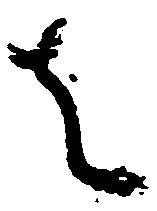
者